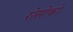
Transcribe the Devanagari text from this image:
रोसोको